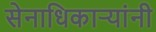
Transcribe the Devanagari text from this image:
सेनाधिकार्‍यांनी